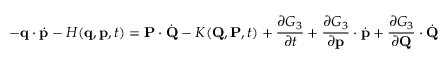
- \mathbf { q } \cdot { \dot { \mathbf { p } } } - H ( \mathbf { q } , \mathbf { p } , t ) = \mathbf { P } \cdot { \dot { \mathbf { Q } } } - K ( \mathbf { Q } , \mathbf { P } , t ) + { \frac { \partial G _ { 3 } } { \partial t } } + { \frac { \partial G _ { 3 } } { \partial \mathbf { p } } } \cdot { \dot { \mathbf { p } } } + { \frac { \partial G _ { 3 } } { \partial \mathbf { Q } } } \cdot { \dot { \mathbf { Q } } }